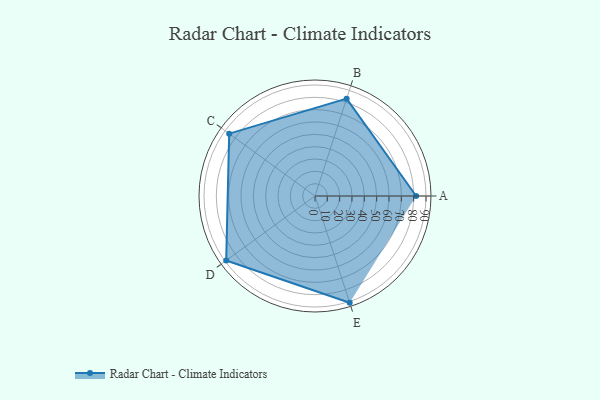
{"axis": {"x": "Skill", "y": "Score"}, "legend": ["Profile"], "data": [{"x": "A", "y": 82.0, "type": "Profile"}, {"x": "B", "y": 83.0, "type": "Profile"}, {"x": "C", "y": 86.0, "type": "Profile"}, {"x": "D", "y": 89.0, "type": "Profile"}, {"x": "E", "y": 91.0, "type": "Profile"}]}